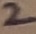
Text: 2